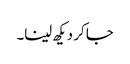
جا کر دیکھ لینا۔